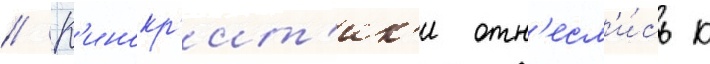
// К'инокр'ит'ик'и отн'есл'и́сь к